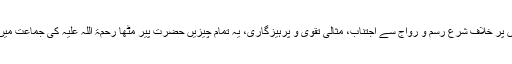
نماز باجماعت، تہجد، عمامہ، مسواک، شرعی پردہ کا اہتمام، شادی وغیرہ کے موقعوں پر خلاف شرع رسم و رواج سے اجتناب، مثالی تقویٰ و پرہیزگاری، یہ تمام چیزیں حضرت پیر مٹھا رحمۃ اللہ علیہ کی جماعت میں اس قدر عام ہوئیں کہ لوگ جماعت غفاریہ کی امتیازی علامات سمجھنے لگے تھے۔